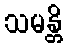
သမန္တိ